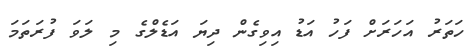
ހަތަރު އަހަރަށް ފަހު އަޑު އިވިގެން ދިޔަ އަޑެލްގެ މި ލަވަ ފުރަތަމަ